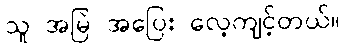
သူ အမြဲ အပြေး လေ့ကျင့်တယ်။